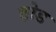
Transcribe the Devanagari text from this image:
त़ोड